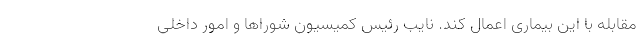
مقابله با این بیماری اعمال کند. نایب رئیس کمیسیون شوراها و امور داخلی